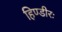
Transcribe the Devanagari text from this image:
हिण्डीरः